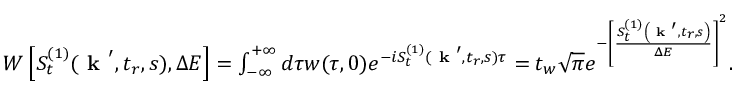
\begin{array} { r } { W \left[ S _ { t } ^ { ( 1 ) } ( \textbf { k } ^ { \prime } , t _ { r } , s ) , \Delta E \right] = \int _ { - \infty } ^ { + \infty } d \tau w ( \tau , 0 ) e ^ { - i S _ { t } ^ { ( 1 ) } ( \textbf { k } ^ { \prime } , t _ { r } , s ) \tau } = t _ { w } \sqrt { \pi } e ^ { - \left[ \frac { S _ { t } ^ { ( 1 ) } \left( \textbf { k } ^ { \prime } , t _ { r } , s \right) } { \Delta E } \right] ^ { 2 } } . } \end{array}